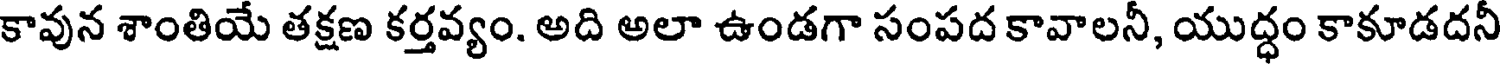
కావున శాంతియే తక్షణ కర్తవ్యం. అది అలా ఉండగా సంపద కావాలనీ, యుద్ధం కాకూడదనీ